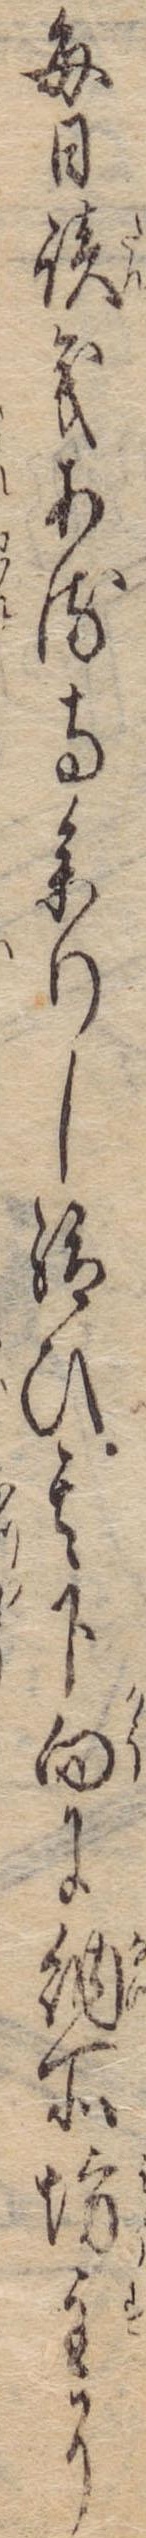
毎日談義ある寺参りし給ひ其下向に納所坊主に